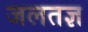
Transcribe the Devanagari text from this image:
जलतज्ञ